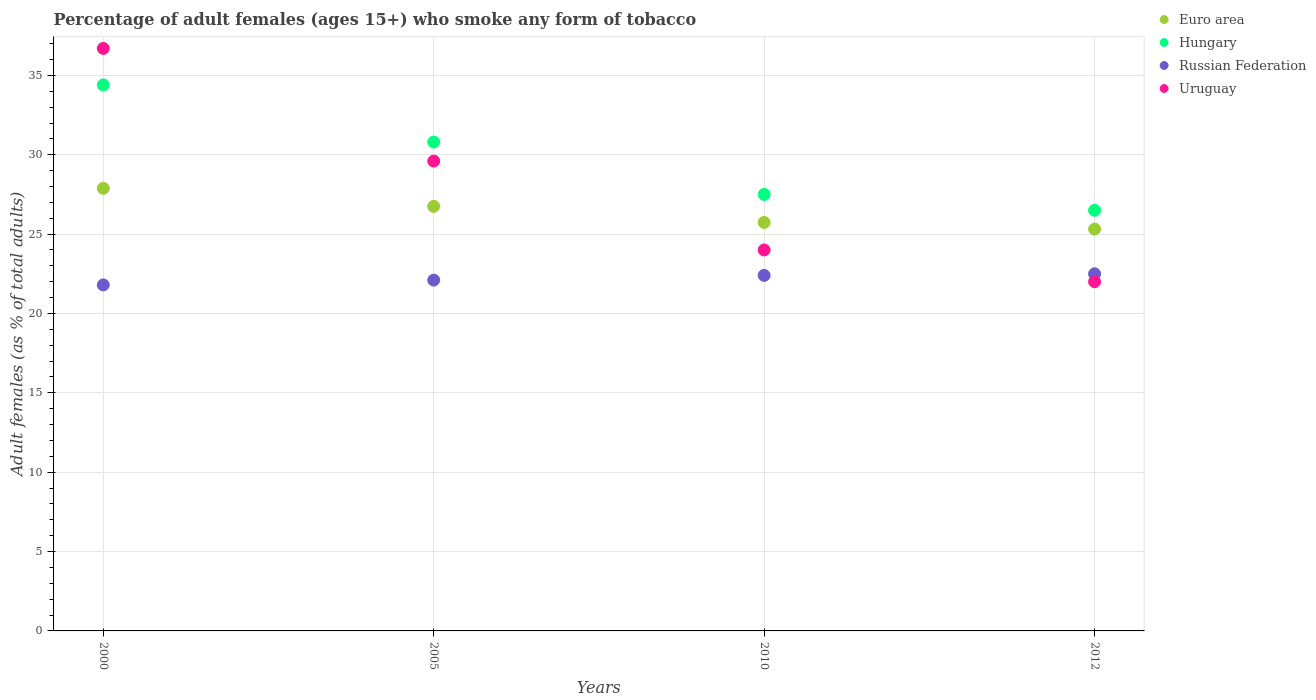
| Years | Euro area | Hungary | Russian Federation | Uruguay |
 | --- | --- | --- | --- | --- |
 | 2000 | 27.9 | 34.4 | 21.8 | 36.7 |
 | 2005 | 26.7 | 30.8 | 22.1 | 29.6 |
 | 2010 | 25.7 | 27.5 | 22.4 | 24 |
 | 2012 | 25.3 | 26.5 | 22.5 | 22 |